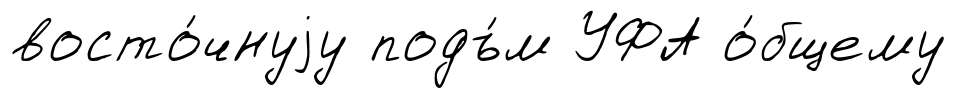
восто́чнуjу подъ́м УФА о́бщему